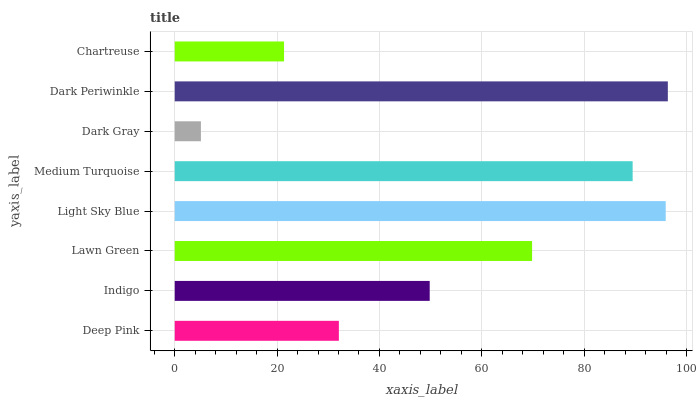
| yaxis_label | bars |
 | --- | --- |
 | Deep Pink | 32.1 |
 | Indigo | 49.8 |
 | Lawn Green | 69.8 |
 | Light Sky Blue | 95.9 |
 | Medium Turquoise | 89.5 |
 | Dark Gray | 5.12 |
 | Dark Periwinkle | 96.3 |
 | Chartreuse | 21.4 |